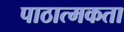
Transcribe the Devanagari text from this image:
पाठात्मकता